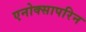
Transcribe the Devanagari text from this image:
एनोक्सापरिन